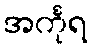
အင်္ကုရ